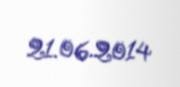
21.06.2014